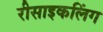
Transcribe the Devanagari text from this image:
रीसाइकलिंग